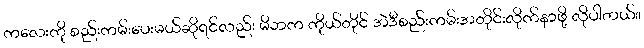
ကလေးကို စည်းကမ်းပေးမယ်ဆိုရင်လည်း မိဘက ကိုယ်တိုင် အဲဒီစည်းကမ်းအတိုင်းလိုက်နာဖို့ လိုပါတယ်။